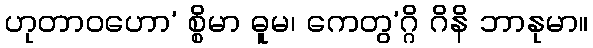
ဟုတာဝဟော’ စ္စိမာ ဓူမ၊ ကေတွ’ဂ္ဂိ ဂိနိ ဘာနုမာ။